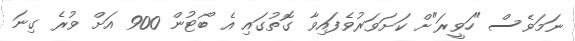
ނަމަވެސް "ހަވީރަ"ށް ކަށަވަރުވެފައިވާ ގޮތުގައި އެ ބޯޓުން 900 އަށް ވުރެ ގިނަ